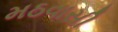
મઠવાસી